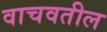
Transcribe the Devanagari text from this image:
वाचवतील